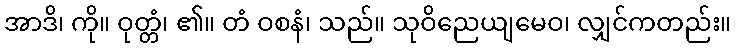
အာဒိ၊ ကို။ ဝုတ္တံ၊ ၏။ တံ ဝစနံ၊ သည်။ သုဝိညေယျမေဝ၊ လျှင်ကတည်း။